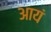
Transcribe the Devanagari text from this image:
आयं